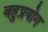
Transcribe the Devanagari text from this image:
बहुप्रयोग